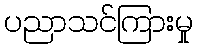
ပညာသင်ကြားမှု